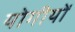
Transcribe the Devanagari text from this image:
योगीयों